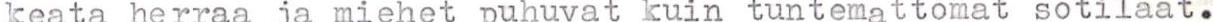
keata herraa ja miehet puhuvat kuin tuntemattomat sotilaat.